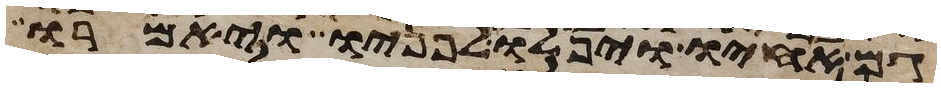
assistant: גם אחיו ויפלו לפניו ויאמרו